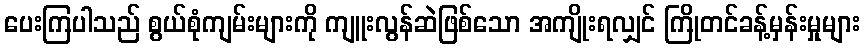
ပေးကြပါသည် စွယ်စုံကျမ်းများကို ကျူးလွန်ဆဲဖြစ်သော အကျိုးရလျှင် ကြိုတင်ခန့်မှန်းမှုများ